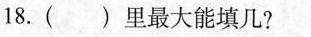
18.()里最大能填几?